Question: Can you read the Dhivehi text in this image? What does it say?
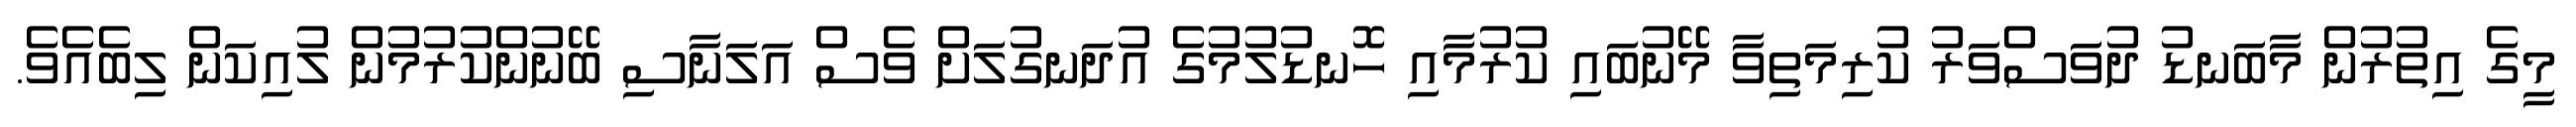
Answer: މީގެ އިތުރުން މާބަނޑު ދުވަސްވަރު ކުރިމަތިވާ މޭނުބައި ކުރުމާއި ހޮނޑުލުމުގެ އުދަނގުލަށް ވެސް އަލަނާސި ބޭނުންކުރުމުން ލުއިކަން ލިބެއެވެ.